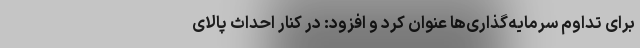
برای تداوم سرمایه‌گذاری‌ها عنوان کرد و افزود: در کنار احداث پالای